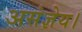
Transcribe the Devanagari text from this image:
असंज्ञेय।